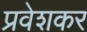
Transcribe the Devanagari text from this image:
प्रवेशकर